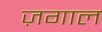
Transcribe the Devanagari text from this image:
ज़गाल